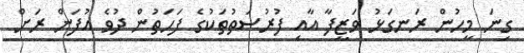
ގިނަ މީހުން ރަނގަޅު ވަޒީފާ އާއި ފުރުސަތުތަކުގެ ފަހަތުން ދުވެ އުފަން ރަށް